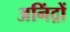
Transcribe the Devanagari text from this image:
अनिंद्रों